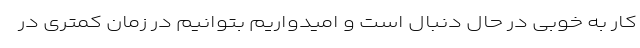
کار به خوبی در حال دنبال است و امیدواریم بتوانیم در زمان کمتری در